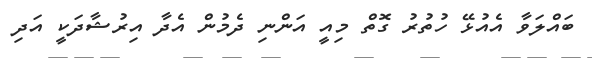
ބައްލަވާ އެއުޅޭ ހުތުރު ގޮތް މިއީ އަންނި ދެމުން އެދާ އިރުޝާދަކީ އަދި